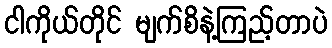
ငါကိုယ်တိုင် မျက်စိနဲ့ကြည့်တာပဲ